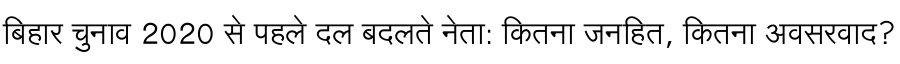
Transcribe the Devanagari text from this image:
बिहार चुनाव 2020 से पहले दल बदलते नेता: कितना जनहित, कितना अवसरवाद?